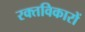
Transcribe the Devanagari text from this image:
रक्तविकारों